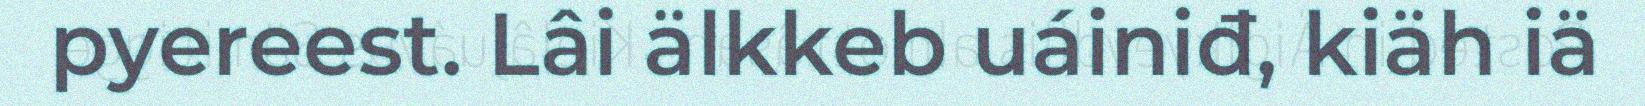
pyereest. Lâi älkkeb uáiniđ, kiäh iä